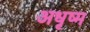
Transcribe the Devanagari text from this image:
अधृष्म